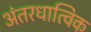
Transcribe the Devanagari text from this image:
अंतरधात्विक